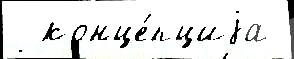
  конце́пциjа